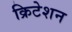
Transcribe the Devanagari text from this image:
क्रिटेशन